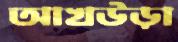
আখউড়া